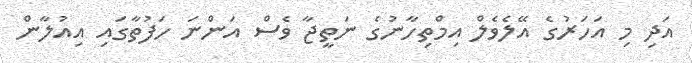
އަދި މި އަހަރުގެ އޭލެވެލް އިމްތިހާނުގެ ނަތީޖާ ވެސް އަންނަ ހަފުތާގައި އިއުލާން